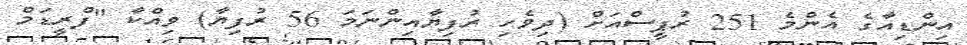
އިންޑިއާގެ އެންމެ 251 ރުޕީސްއަށް (ދިވެހި ރުފިޔާއިންނަމަ 56 ރުފިޔާ) ވިއްކާ "ފްރީޑަމް